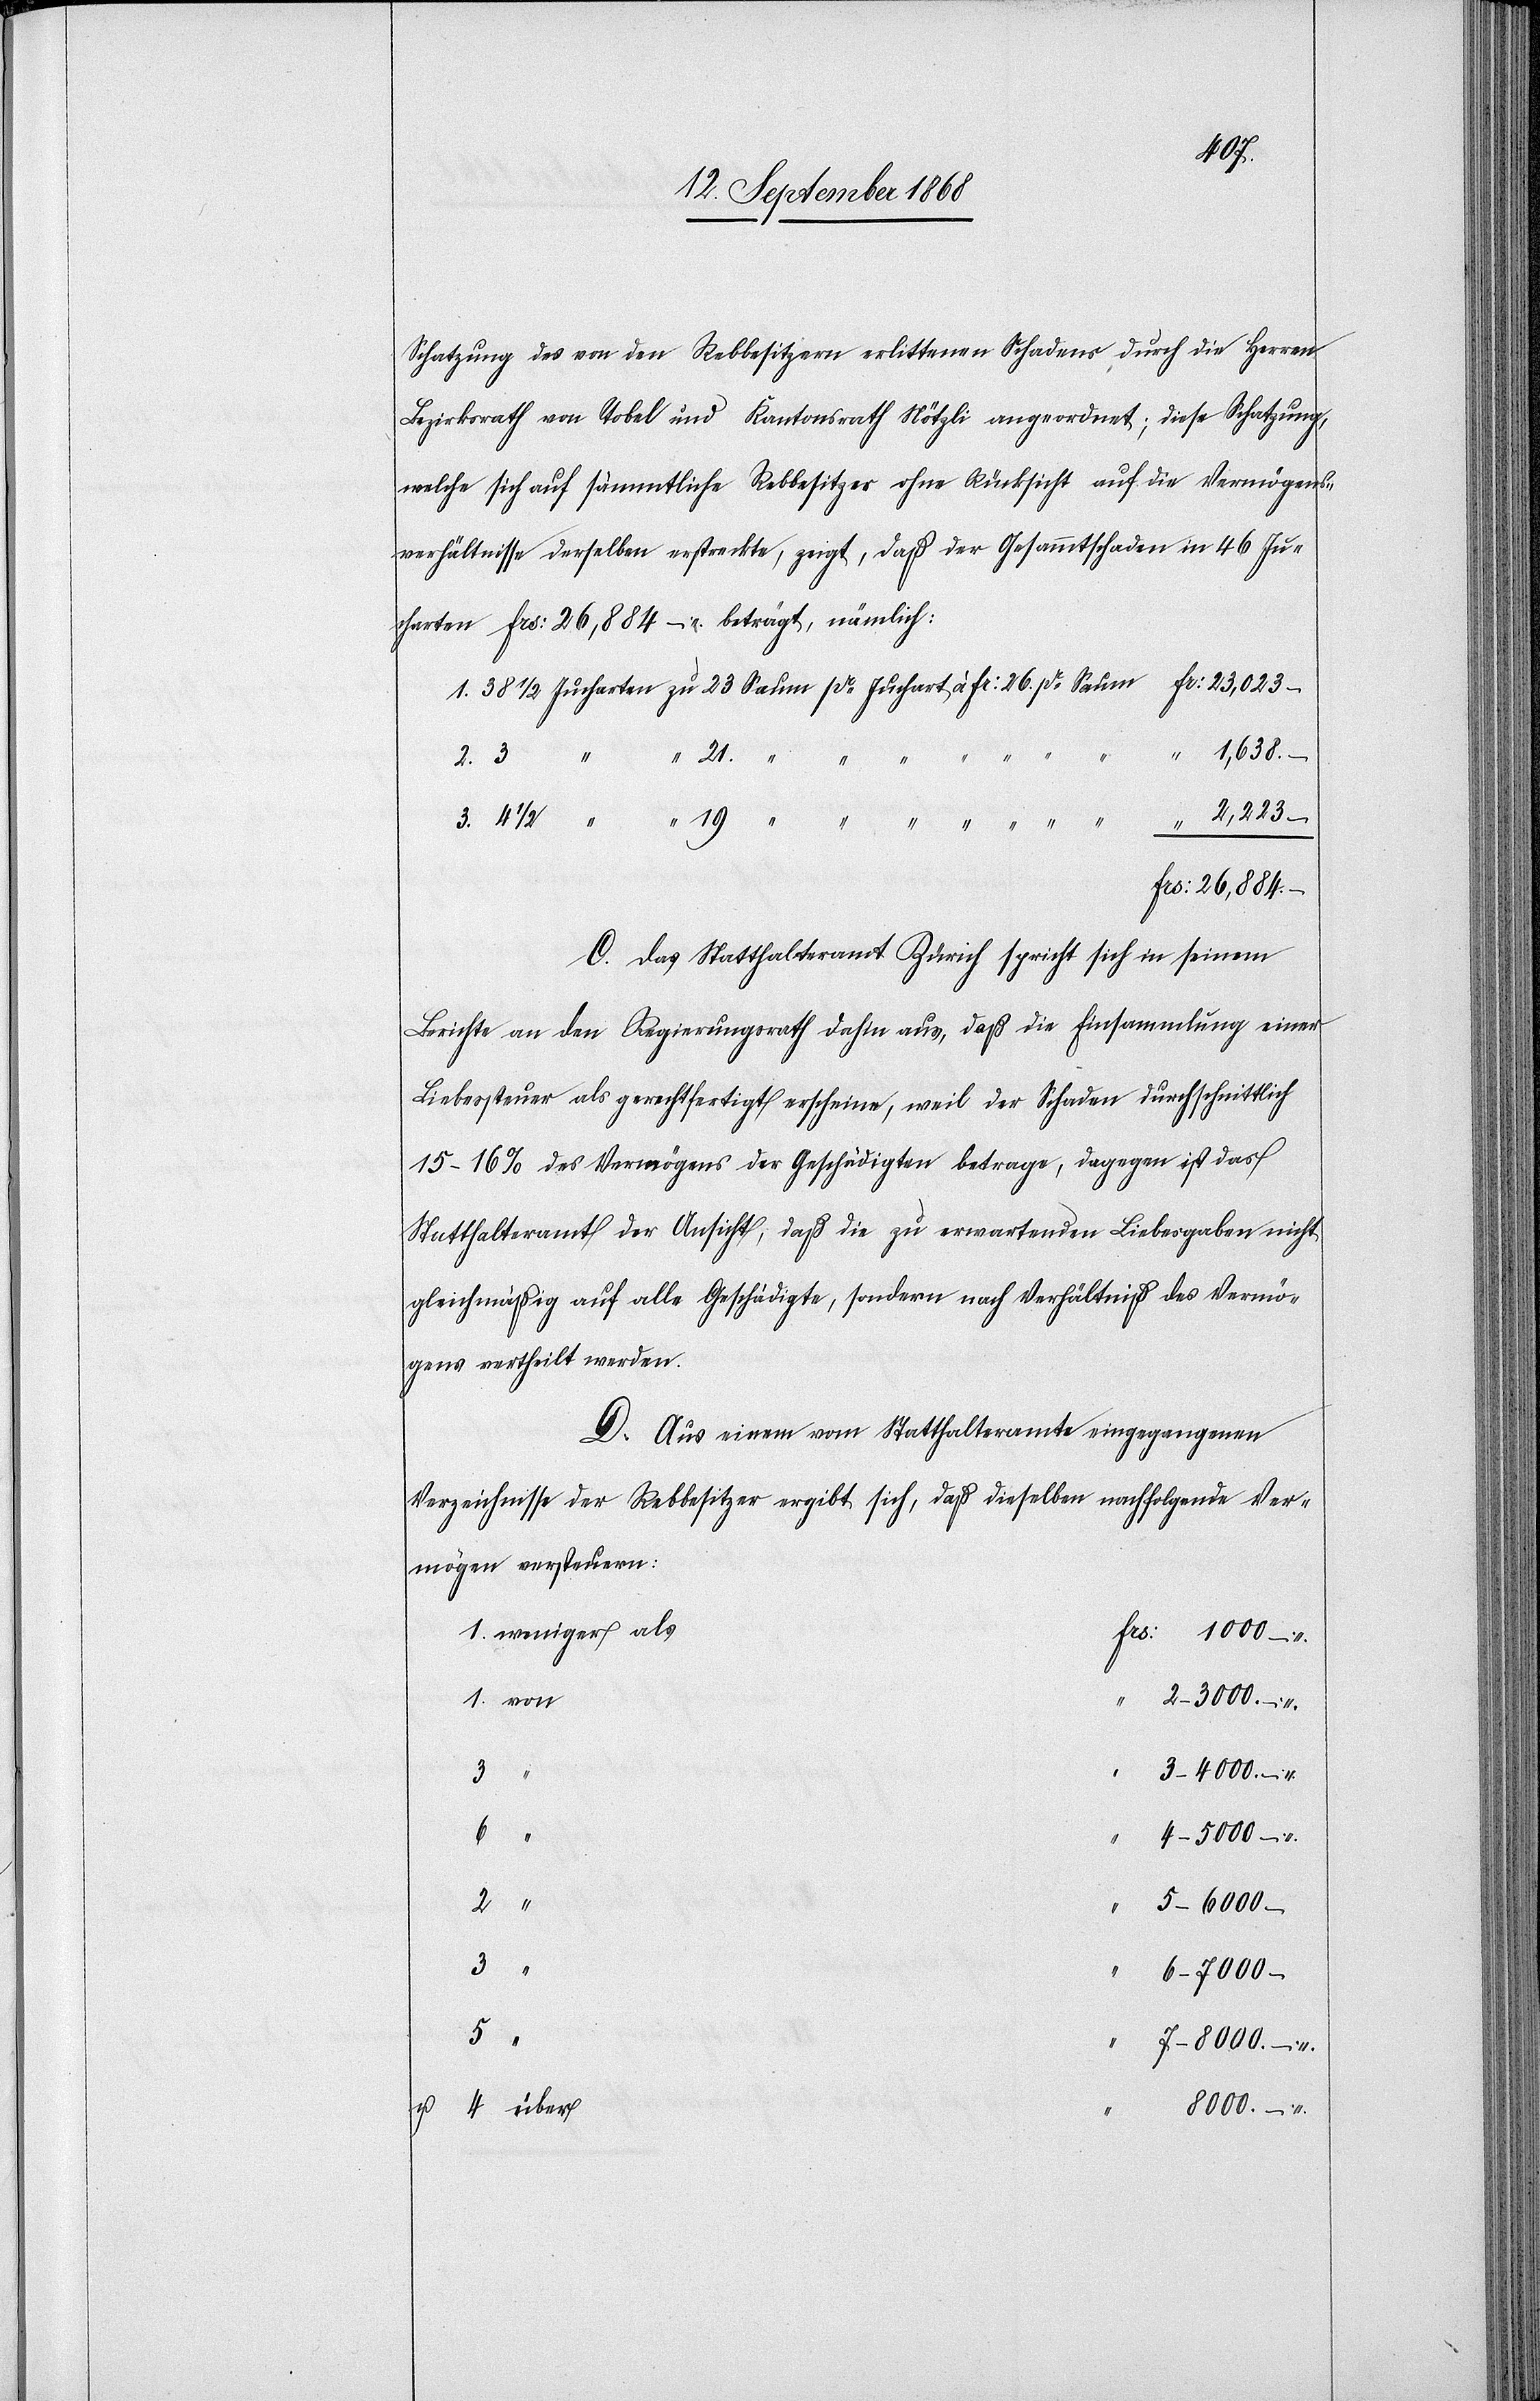
Schatzung des von den Rebbesitzern erlittenen Schadens durch die Herren
Bezirksrath von Tobel und Kantonsrath Nötzli angeordnet; diese Schatzung,
welche sich auf sämmtliche Rebbesitzer ohne Rücksicht auf die Vermögens¬
verhältnisse derselben erstreckte, zeigt, daß der Gesammtschaden in 46 Ju¬
charten Frs: 26,884 – beträgt, nämlich:
u.
4–5000 –
Frs: 26,884 –
C. Das Statthalteramt Zürich spricht sich in seinem
Berichte an den Regierungsrath dahin aus, daß die Einsammlung einer
Liebessteuer als gerechtfertigt erscheine, weil der Schaden durchschnittlich
15–16% des Vermögens der Geschädigten betrage, dagegen ist das
Statthalteramt der Ansicht, daß die zu erwartenden Liebesgaben nicht
gleichmäßig auf alle Geschädigte, sondern nach Verhältniß des Vermö¬
gens vertheilt werden.
D. Aus einem vom Statthalteramte eingegangenen
Verzeichnisse der Rebbesitzer ergibt sich, daß dieselben nachfolgende Ver¬
mögen versteuern:
1. weniger als
Frs: 1000 –
1. von
“
3–4000 –
3.
4
über
5–6000 –
3 “
6–7000 –
5 “
7–8000 –
8000 –